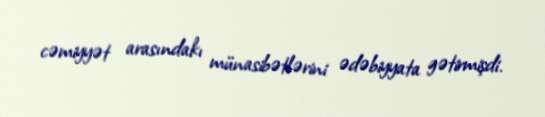
cəmiyyət arasındakı münasibətlərini ədəbiyyata gətirmişdi.